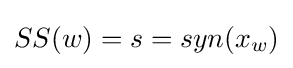
SS(w)=s=syn(x_{w})